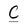
Character: C